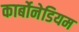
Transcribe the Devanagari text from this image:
कार्बोनेडियम